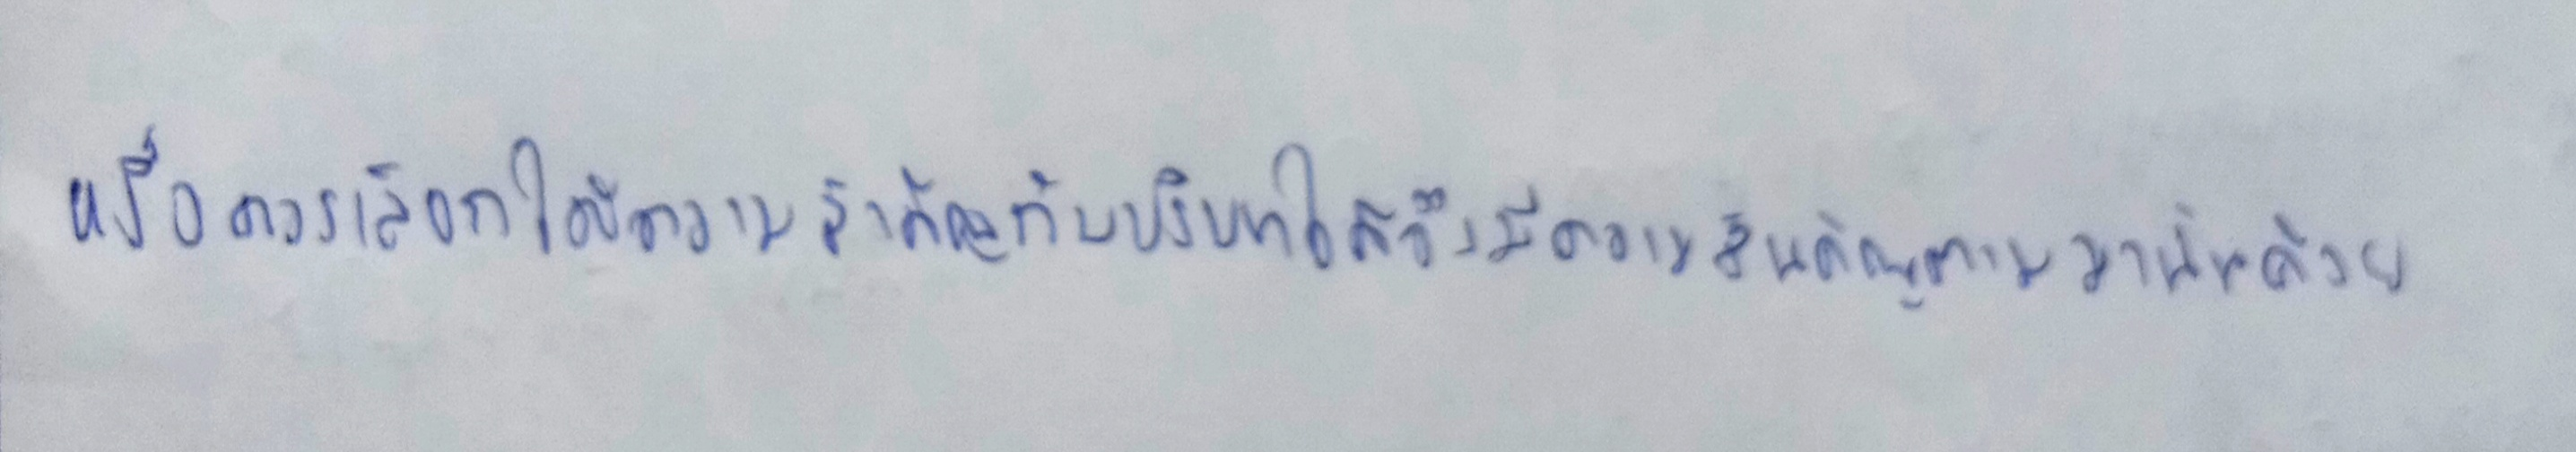
หรือควรเลือกให้ความสำคัญกับบริบทใดจึงมีความสำคัญตามมานั้นด้วย